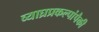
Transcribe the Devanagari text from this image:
व्याघ्रप्रकल्पांपैकी